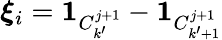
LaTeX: \boldsymbol{\xi}_{i}=\textbf{1}_{C_{k^{\prime}}^{j+1}}-\textbf{1}_{C_{{k^{\prime}}+1}^{j+1}}